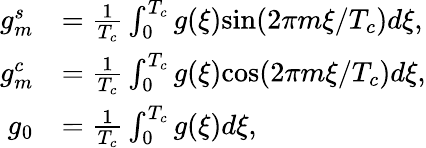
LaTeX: \begin{array}{rl}{g_{m}^{s}}&{=\frac{1}{T_{c}}\int_{0}^{T_{c}}g(\xi)\mathrm{sin}(2\pi m\xi/T_{c})d\xi,}\\ {g_{m}^{c}}&{=\frac{1}{T_{c}}\int_{0}^{T_{c}}g(\xi)\mathrm{cos}(2\pi m\xi/T_{c})d\xi,}\\ {g_{0}}&{=\frac{1}{T_{c}}\int_{0}^{T_{c}}g(\xi)d\xi,}\end{array}